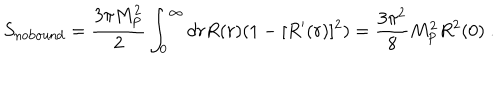
S _ { \mathrm { n o b o u n d } } = { \frac { 3 \pi M _ { \mathrm { P } } ^ { 2 } } { 2 } } \int _ { 0 } ^ { \infty } d r R ( r ) ( 1 - [ R ^ { \prime } ( r ) ] ^ { 2 } ) = { \frac { 3 \pi ^ { 2 } } { 8 } } M _ { \mathrm { P } } ^ { 2 } R ^ { 2 } ( 0 ) \ .